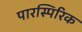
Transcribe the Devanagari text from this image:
पारस्पिरिक